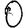
Digit: 0